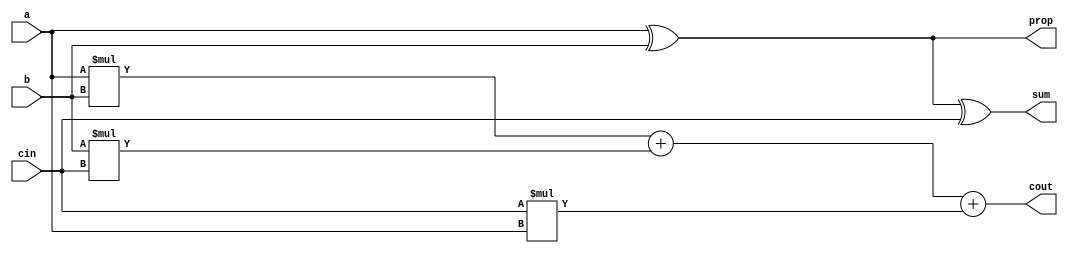
module A(a,b,cin,sum,cout,prop);

	// a,b,cin are the three inputs
	input a,b,cin; 
	
	// sum,cout	are the two outputs				
	output sum,cout,prop;
	
	// assigning values to sum and cout by appropriate logic
	xor(prop,a,b);
	xor(sum,prop,cin);
	assign cout = a*b+b*cin+cin*a;
	
endmodule